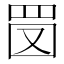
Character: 𦊔